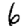
Digit: 6